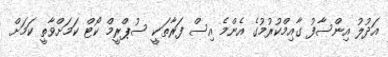
އަދުލު އިންސާފު ގާއިމްކުރުމުގެ އެންމެ އިސް ފަރާތަކީ ސުޕްރީމް ކޯޓް ކަމަށްވާތީ ކަމަށް